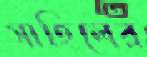
সাহিলের